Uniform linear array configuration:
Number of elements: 64
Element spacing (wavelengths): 0.25
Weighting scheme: kaiser
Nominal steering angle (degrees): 60
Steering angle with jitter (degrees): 58.506
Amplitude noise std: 0.05
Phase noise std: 0.05

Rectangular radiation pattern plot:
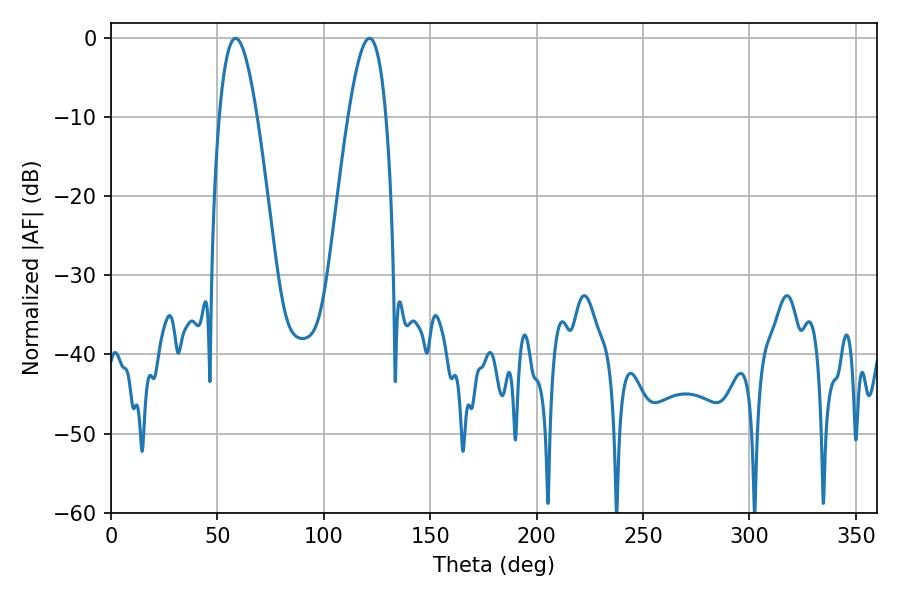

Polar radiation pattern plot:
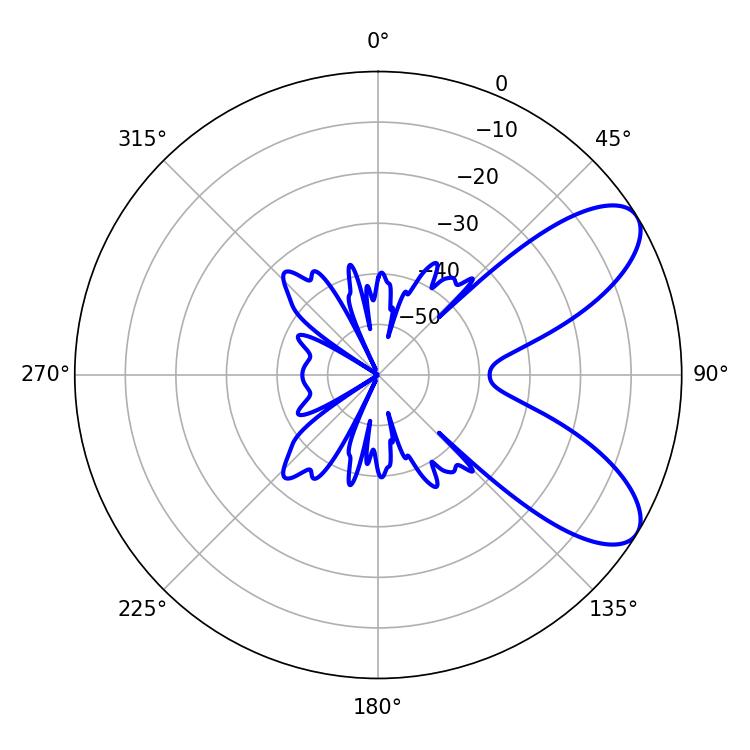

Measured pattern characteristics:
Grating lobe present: FALSE
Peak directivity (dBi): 8.043
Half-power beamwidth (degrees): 9.72
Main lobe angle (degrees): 58.5